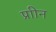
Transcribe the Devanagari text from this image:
प्राीन